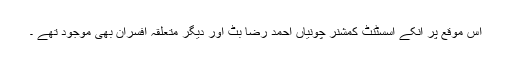
اس موقع پر انکے اسسٹنٹ کمشنر چونیاں احمد رضا بٹ اور دیگر متعلقہ افسران بھی موجود تھے ۔